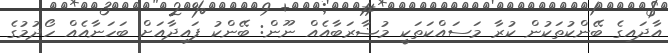
އާދައިގެ ބޭންކުތަކުން ކުރާ މަސައްކަތަކީ މުޟާރަބާއެއް ނޫން: ބޭންކު ފައިދާއަށް ބަހަނާއެއް ހޯދުމުގެ